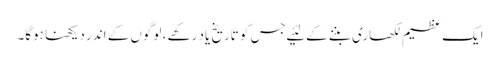
ایک عظیم لکھاری بننے کے لئیے جس کو تاریخ یاد رکھے ، لوگوں کے اندر دیکھنا ہوگا۔